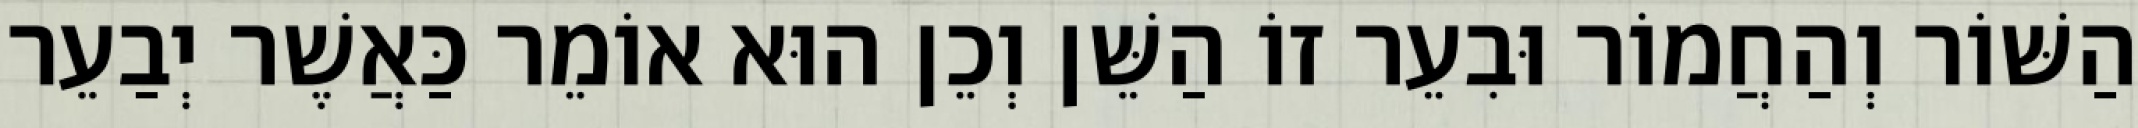
הַשּׁוֹר וְהַחֲמוֹר וּבִעֵר זוֹ הַשֵּׁן וְכֵן הוּא אוֹמֵר כַּאֲשֶׁר יְבַעֵר